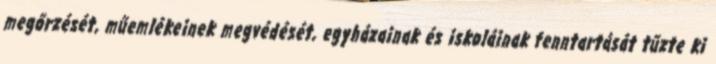
megőrzését, műemlékeinek megvédését, egyházainak és iskoláinak fenntartását tűzte ki